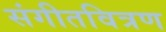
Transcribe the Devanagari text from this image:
संगीतवित्रण